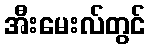
အီးမေးလ်တွင်